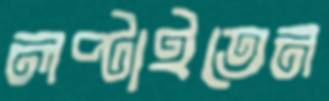
লপ্‌টাইতেন